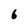
Character: 6